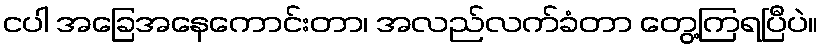
ငပါ အခြေအနေကောင်းတာ၊ အလည်လက်ခံတာ တွေ့ကြရပြီပဲ။